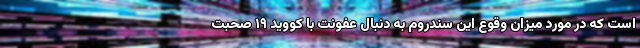
است که در مورد میزان وقوع این سندروم به دنبال عفونت با کووید ۱۹ صحبت